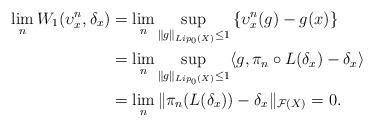
LaTeX: \begin{align*}\lim_n W_1(\upsilon_x^n, \delta_x) &= \lim_n \sup_{\|g\|_{Lip_0(X)} \leq 1} \left\{\upsilon_x^n(g) - g(x)\right\} \\&= \lim_n \sup_{\|g\|_{Lip_0(X)} \leq 1} \langle g, \pi_n\circ L(\delta_x) - \delta_x\rangle\\&= \lim_n \|\pi_n( L(\delta_x)) - \delta_x \|_{\mathcal{F}(X)}=0.\end{align*}